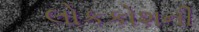
લોકકોશની